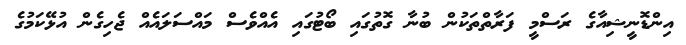
އިންޑޮނީޝިއާގެ ރަސްމީ ފަރާތްތަކުން ބުނާ ގޮތުގައި ބޯޓުގައި އެއްވެސް މައްސަލައެއް ޖެހިގެން އުޅޭކަމުގެ